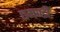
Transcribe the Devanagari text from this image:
घमण्‍डी